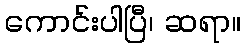
ကောင်းပါပြီ၊ ဆရာ။